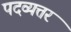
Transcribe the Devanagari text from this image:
पदव्यत्तर